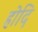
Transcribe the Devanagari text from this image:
होदि